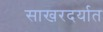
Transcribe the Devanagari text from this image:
साखरदर्यात